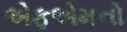
એફએમનો